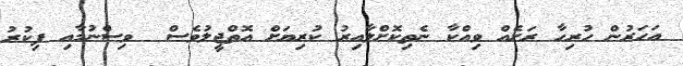
އަހަރުން ހުރިހާ ރަށެއް ވިއްކާ ނެތިކޮށްލާއިރު ކުރިޔަށް އޮތްޖީލުވެސް  ވިސްނުމާއި ފިކުރު